Civil Veterinary Department Bihar & Orissa reports 1922-29 - 1922-1929
Year: 1922
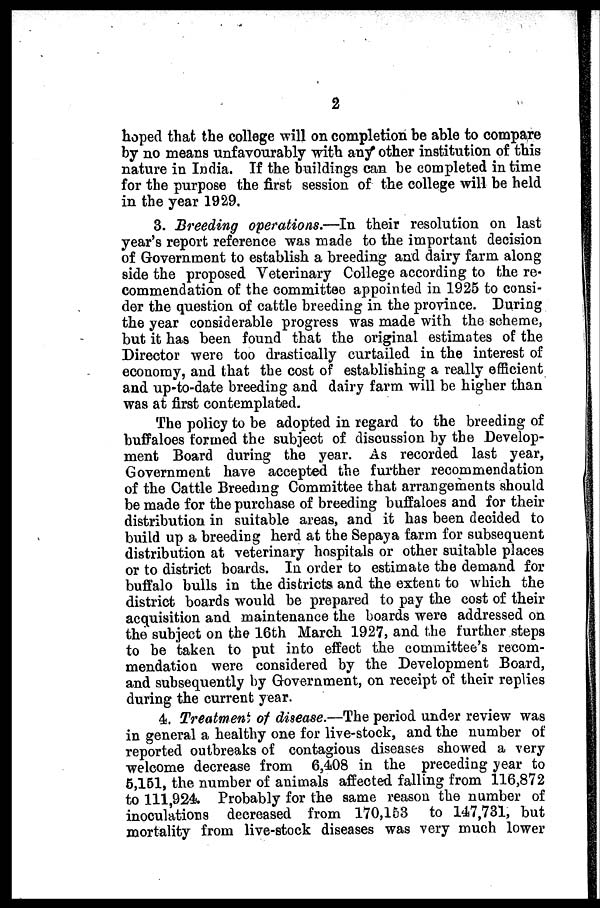
2
hoped that the college will on completion he able to compare
by no means unfavourably with any other institution of this
nature in India. If the buildings can be completed in time
for the purpose the first session of the college will be held
in the year 1929.
3. Breeding operations.—In their resolution on last
year's report reference was made to the important decision
of Government to establish a breeding and dairy farm along
side the proposed Veterinary College according to the re-
commendation of the committee appointed in 1925 to consi-
der the question of cattle breeding in the province. During
the year considerable progress was made with the scheme,
but it has been found that the original estimates of the
Director were too drastically curtailed in the interest of
economy, and that the cost of establishing a really efficient
and up-to-date breeding and dairy farm will be higher than
was at first contemplated.
The policy to be adopted in regard to the breeding of
buffaloes formed the subject of discussion by the Develop-
ment Board during the year. As recorded last year,
Government have accepted the further recommendation
of the Cattle Breeding Committee that arrangements should
be made for the purchase of breeding buffaloes and for their
distribution in suitable areas, and it has been decided to
build up a breeding herd at the Sepaya farm for subsequent
distribution at veterinary hospitals or other suitable places
or to district boards. In order to estimate the demand for
buffalo bulls in the districts and the extent to which the
district boards would be prepared to pay the cost of their
acquisition and maintenance the boards were addressed on
the subject on the 16th March 1927, and the further steps
to be taken to put into effect the committee's recom-
mendation were considered by the Development Board,
and subsequently by Government, on receipt of their replies
during the current year.
4. Treatment of disease.—The period under review was
in general a healthy one for live-stock, and the number of
reported outbreaks of contagious diseases showed a very
welcome decrease from 6,408 in the preceding year to
5,161, the number of animals affected falling from 116,872
to 111,924. Probably for the same reason the number of
inoculations decreased from 170,153 to 147,731, but
mortality from live-stock diseases was very much lower